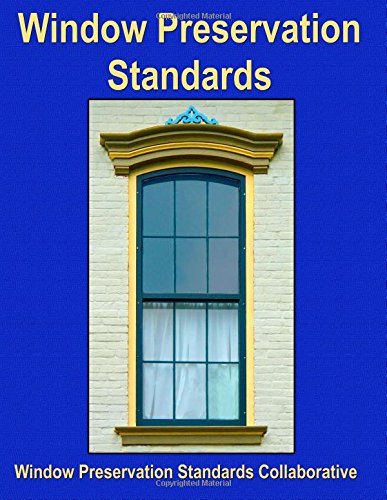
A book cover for Window Preservation Standards; Window Preservation Standards Collaborative; Arts & Photography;